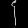
Digit: ၄